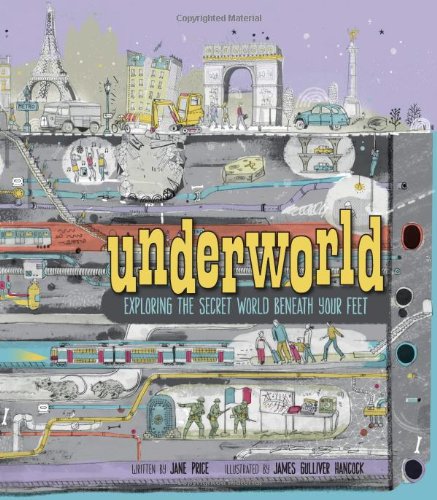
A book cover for Underworld: Exploring the Secret World Beneath Your Feet; Jane Price; Children's Books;